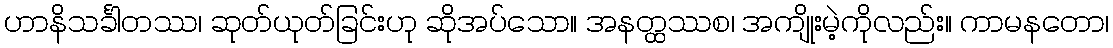
ဟာနိသင်္ခါတဿ၊ ဆုတ်ယုတ်ခြင်းဟု ဆိုအပ်သော။ အနတ္ထဿစ၊ အကျိုးမဲ့ကိုလည်း။ ကာမနတော၊